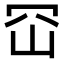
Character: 𭖊